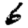
Digit: 6